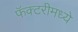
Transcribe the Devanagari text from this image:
फॅक्टरीमध्ये